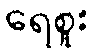
ရေစူး